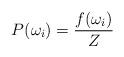
LaTeX: \begin{align*}P(\omega_{i})=\frac{f(\omega_{i})}{Z} \end{align*}